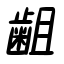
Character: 齟